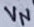
Text: VN